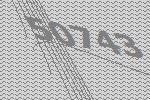
50743